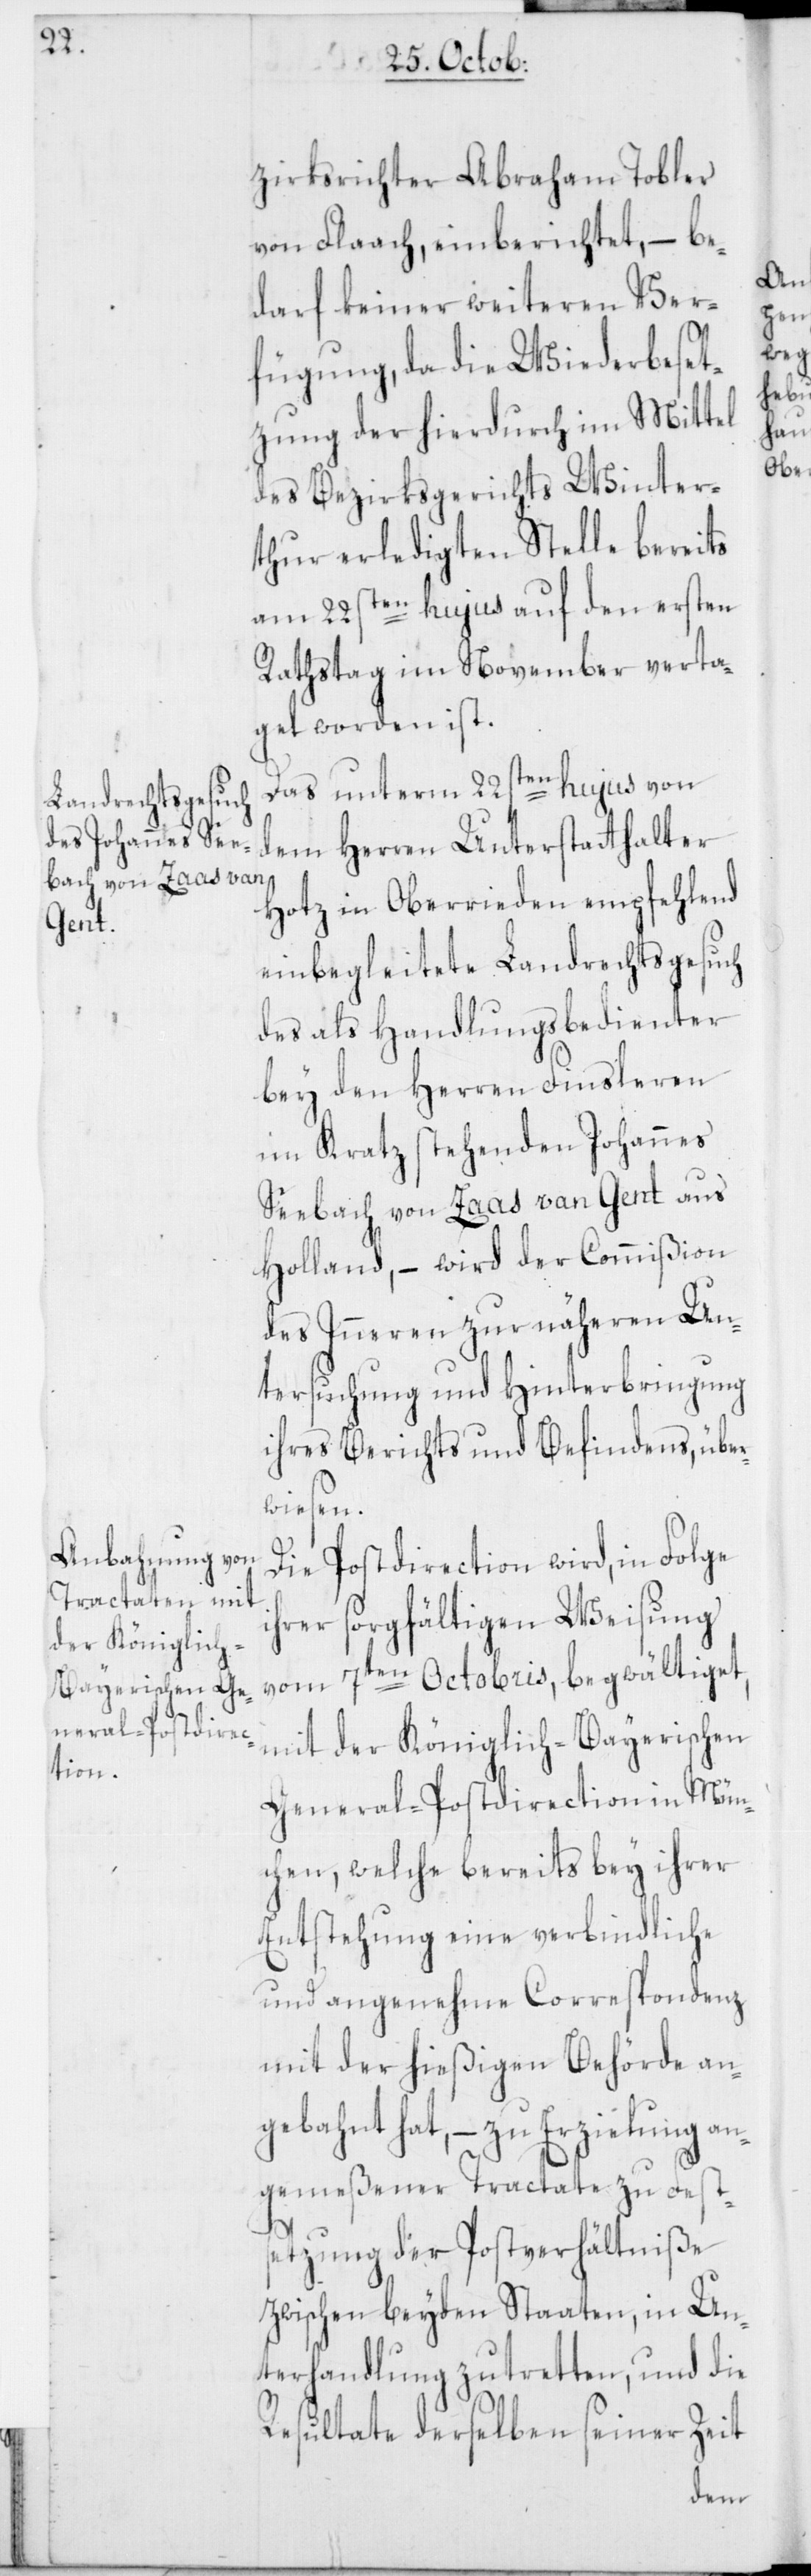
zirksrichter Abraham Tobler
von Flaach, einberichtet, – be¬
darf keiner weiteren Ver¬
fügung, da die Wiederbeset¬
zung der hierdurch im Mittel
des Bezirksgerichts Winter¬
thur erledigten Stelle bereits
am 22sten hujus auf den ersten
Rathstag im November verta¬
get worden ist.
Das unterm 22sten hujus von
dem Herren Unterstatthalter
Hotz in Oberrieden empfehlend
einbegleitete Landrechtsgesuch
des als Handlungsbedienter
bey den Herren Finsleren
im Kratz stehenden Johannes
Seebach von Zaas van Gent aus
Holland, – wird der Commißion
des Inneren zur näheren Un¬
tersuchung und Hinterbringung
ihres Berichts und Befindens, über¬
wiesen.
Die Postdirection wird, in Folge
ihrer sorgfältigen Weisung
vom 7ten Octobris, begwältiget,
mit der Königlich-Bayerischen
General-Postdirection in Mün¬
chen, welche bereits bey ihrer
Entstehung eine verbindliche
und angenehme Correspondenz
mit der hießigen Behörde an¬
gebahnt hat, – zu Erzielung an¬
gemeßener Tractate zu Fest¬
setzung der Postverhältniße
zwischen beyden Staaten, in Un¬
terhandlung zu tretten, und die
Resultate derselben seiner Zeit